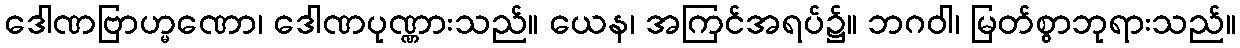
ဒေါဏဗြာဟ္မဏော၊ ဒေါဏပုဏ္ဏားသည်။ ယေန၊ အကြင်အရပ်၌။ ဘဂဝါ၊ မြတ်စွာဘုရားသည်။